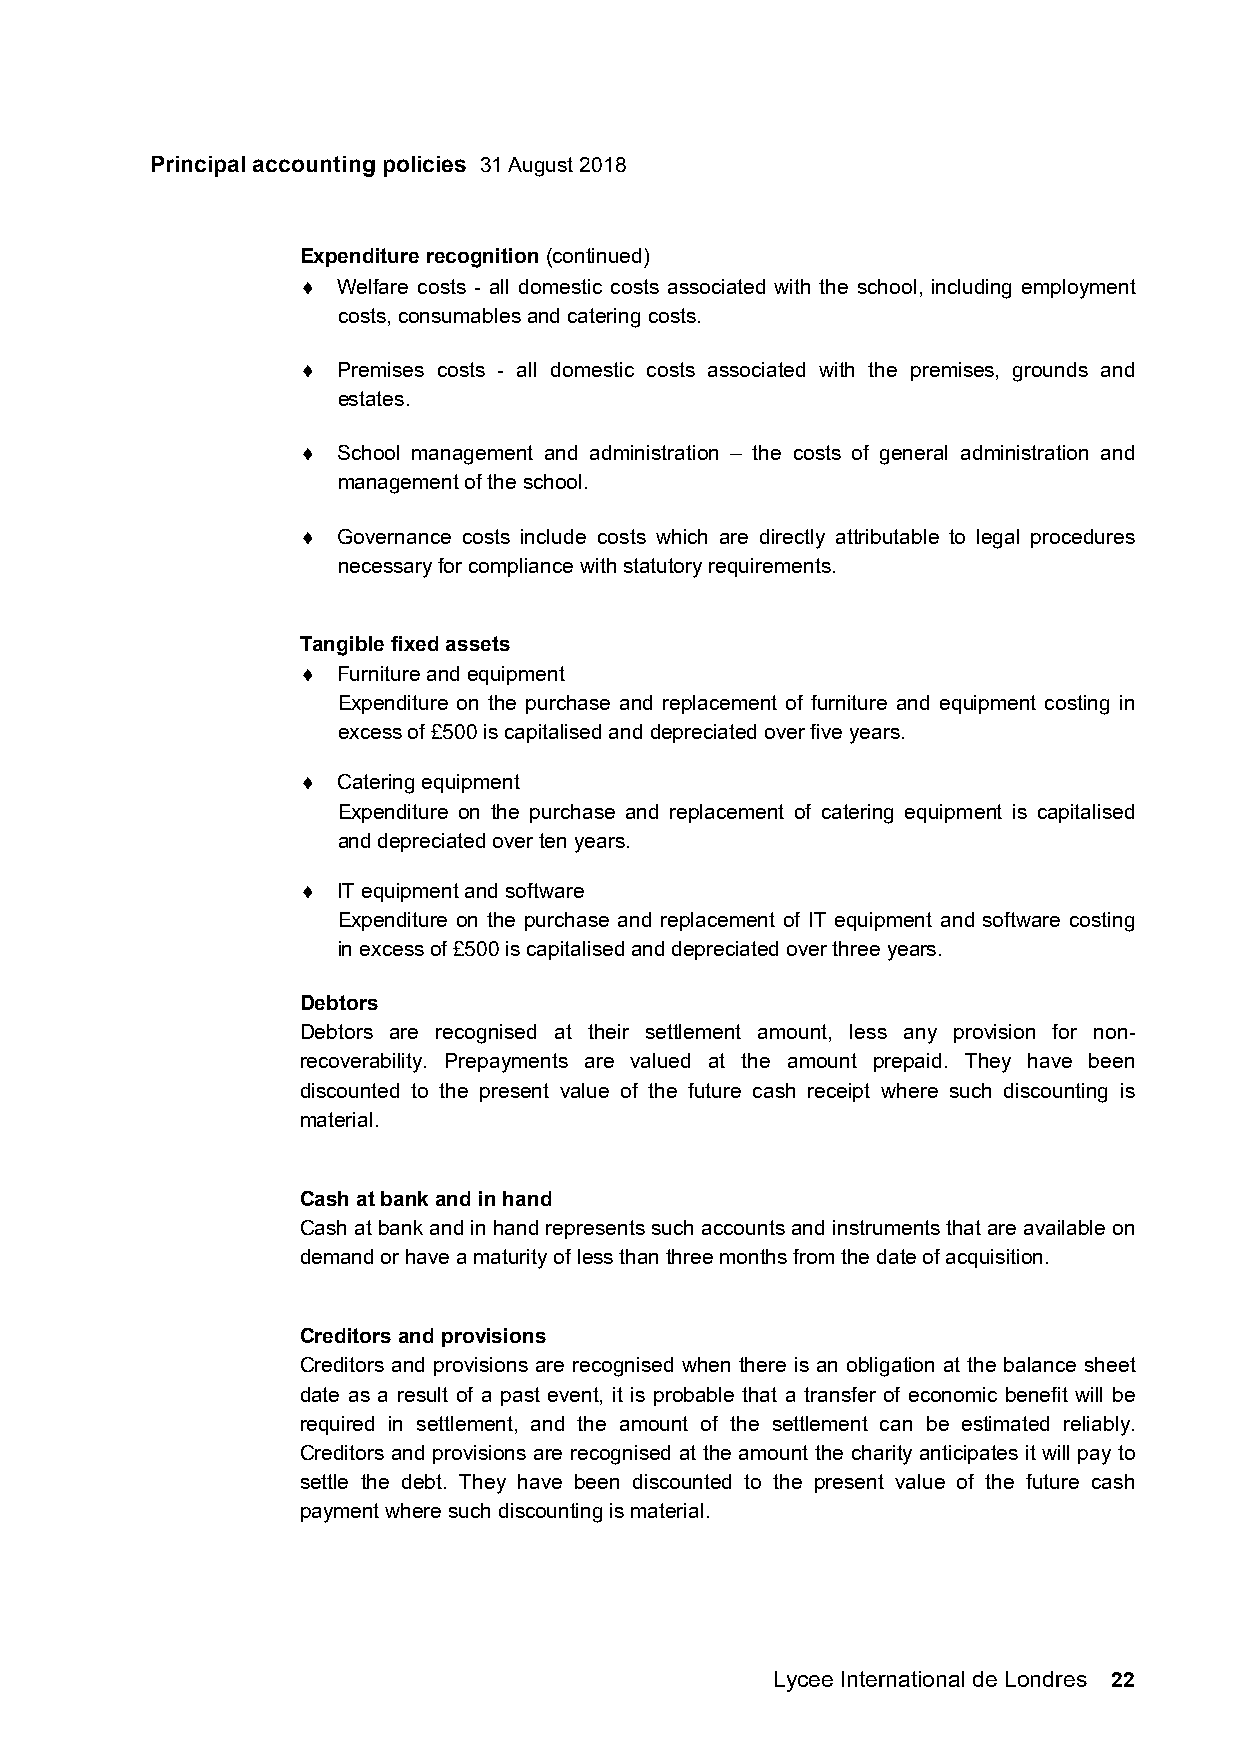
Principal accounting policies 31 August 2018
 Expenditure recognition (continued)
  Welfare costs - all domestic costs associated with the school, including employment
 costs, consumables and catering costs.
  Premises costs - all domestic costs associated with the premises, grounds and
 estates.
  School management and administration – the costs of general administration and
 management of the school.
  Governance costs include costs which are directly attributable to legal procedures
 necessary for compliance with statutory requirements.
 Tangible fixed assets
  Furniture and equipment
 Expenditure on the purchase and replacement of furniture and equipment costing in
 excess of £500 is capitalised and depreciated over five years.
  Catering equipment
 Expenditure on the purchase and replacement of catering equipment is capitalised
 and depreciated over ten years.
  IT equipment and software
 Expenditure on the purchase and replacement of IT equipment and software costing
 in excess of £500 is capitalised and depreciated over three years.
 Debtors
 Debtors are recognised at their settlement amount, less any provision for non-
 recoverability. Prepayments are valued at the amount prepaid. They have been
 discounted to the present value of the future cash receipt where such discounting is
 material.
 Cash at bank and in hand
 Cash at bank and in hand represents such accounts and instruments that are available on
 demand or have a maturity of less than three months from the date of acquisition.
 Creditors and provisions
 Creditors and provisions are recognised when there is an obligation at the balance sheet
 date as a result of a past event, it is probable that a transfer of economic benefit will be
 required in settlement, and the amount of the settlement can be estimated reliably.
 Creditors and provisions are recognised at the amount the charity anticipates it will pay to
 settle the debt. They have been discounted to the present value of the future cash
 payment where such discounting is material.
 Lycee International de Londres 22